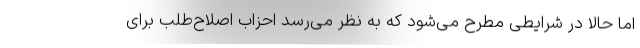
اما حالا در شرایطی مطرح می‌شود که به نظر می‌رسد احزاب اصلاح‌طلب برای